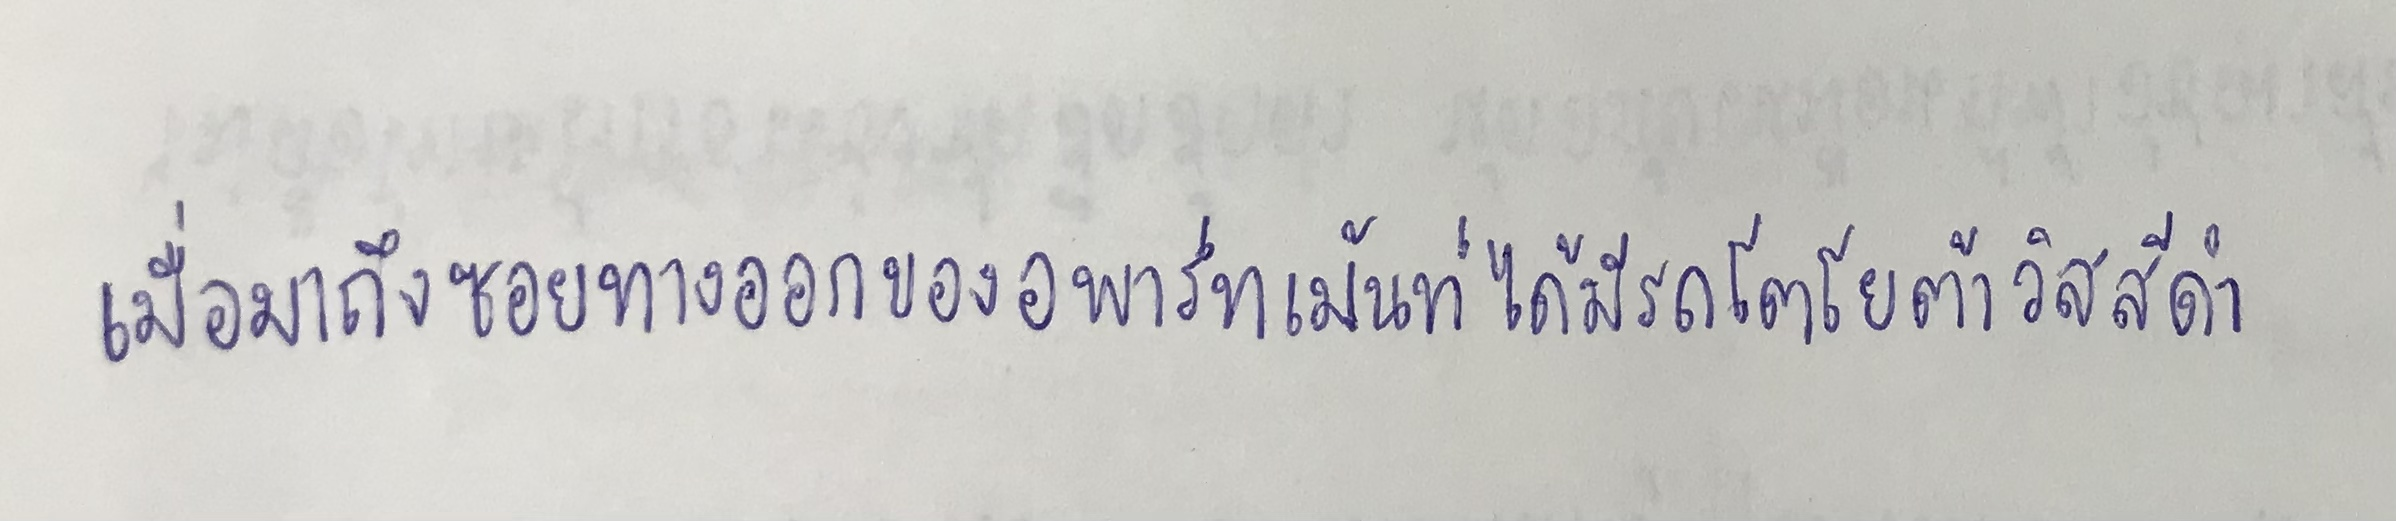
เมื่อมาถึงซอยทางออกของอพาร์ทเม้นท์ได้มีรถโตโยต้าวิสสีดำ